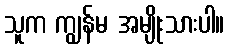
သူက ကျွန်မ အမျိုးသားပါ။